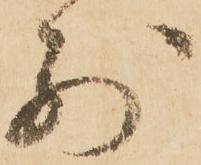
前